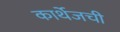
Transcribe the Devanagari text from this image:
कार्थेजची